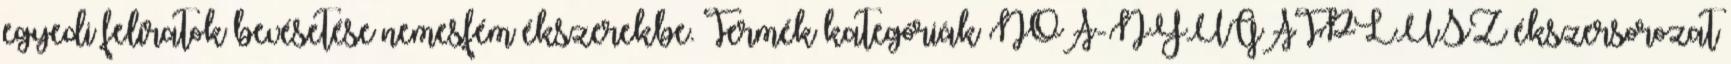
egyedi feliratok bevésetése nemesfém ékszerekbe. Termék kategóriák NOA-NYUGATPLUSZ ékszersorozat